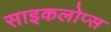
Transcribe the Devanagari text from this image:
साइकलोप्स